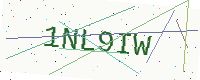
Text: 1NL9IW